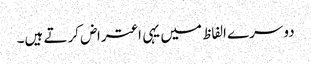
دوسرے الفاظ میں یہی اعتراض کرتے ہیں۔